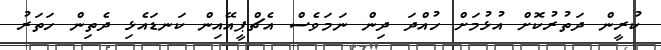
ކުރީން ދަތުރުކޮށް އުޅުމަށް ހުއްދަ ދިން ނަމަވެސް އެޗްޕީއޭއިން ކަނޑައެޅި ދެތިން ހަތަރު